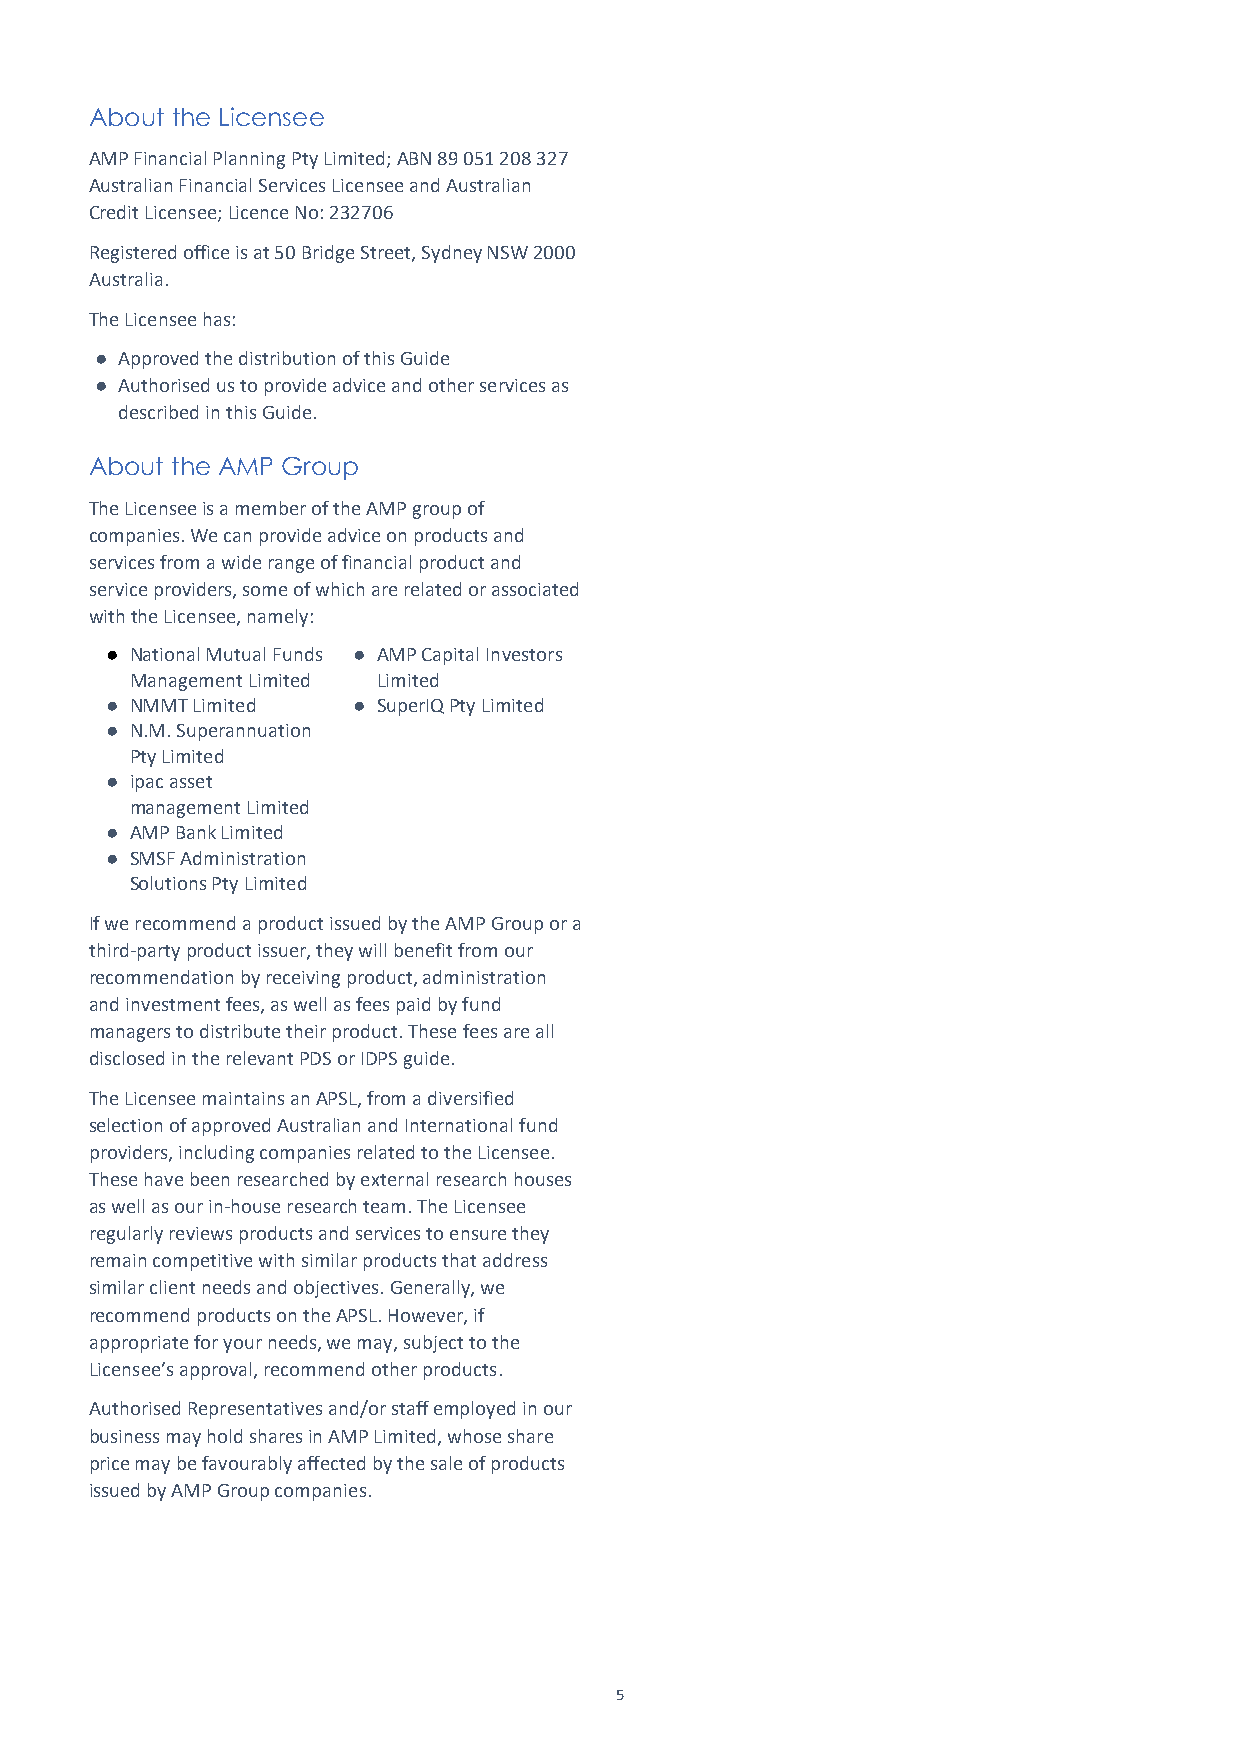
About the Licensee
 AMP Financial Planning Pty Limited; ABN 89 051 208 327
 Australian Financial Services Licensee and Australian
 Credit Licensee; Licence No: 232706
 Registered office is at 50 Bridge Street, Sydney NSW 2000
 Australia.
 The Licensee has:
 ● Approved the distribution of this Guide
 ● Authorised us to provide advice and other services as
 described in this Guide.
 About the AMP Group
 The Licensee is a member of the AMP group of
 companies. We can provide advice on products and
 services from a wide range of financial product and
 service providers, some of which are related or associated
 with the Licensee, namely:
 ● National Mutual Funds ● AMP Capital Investors
 Management Limited Limited
 ● NMMT Limited  ● SuperIQ Pty Limited
 ● N.M. Superannuation
 Pty Limited
 ● ipac asset
 management Limited
 ● AMP Bank Limited
 ● SMSF Administration
 Solutions Pty Limited
 If we recommend a product issued by the AMP Group or a
 third-party product issuer, they will benefit from our
 recommendation by receiving product, administration
 and investment fees, as well as fees paid by fund
 managers to distribute their product. These fees are all
 disclosed in the relevant PDS or IDPS guide.
 The Licensee maintains an APSL, from a diversified
 selection of approved Australian and International fund
 providers, including companies related to the Licensee.
 These have been researched by external research houses
 as well as our in-house research team. The Licensee
 regularly reviews products and services to ensure they
 remain competitive with similar products that address
 similar client needs and objectives. Generally, we
 recommend products on the APSL. However, if
 appropriate for your needs, we may, subject to the
 Licensee’s approval, recommend other products.
 Authorised Representatives and/or staff employed in our
 business may hold shares in AMP Limited, whose share
 price may be favourably affected by the sale of products
 issued by AMP Group companies.
 5